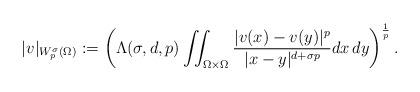
LaTeX: \begin{align*}|v|_{W^\sigma_p(\Omega)} := \left( \Lambda(\sigma,d,p) \iint_{\Omega\times\Omega} \frac{|v(x)-v(y)|^p}{|x-y|^{d+\sigma p}} dx \, dy \right)^{\frac{1}{p}}.\end{align*}